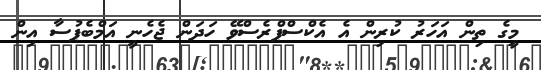
މީގެ ތިން އަހަރު ކުރިން އެ އެކްސްޕްރެސްވޭ ހަދަން ޖެހެނީ އަމްބެޕުސާ އިން